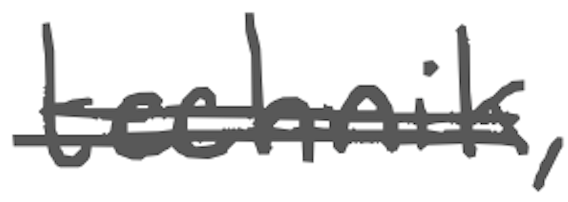
Text: technik,
Cross-out: double-line
Writing tool: digital_gray